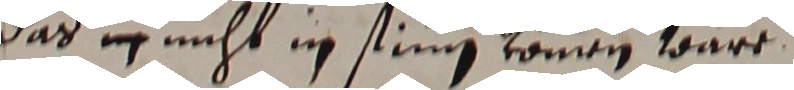
das  nicht in stinen komen wäre.